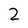
Character: 2